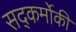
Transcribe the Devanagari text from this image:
सद्कर्मोकी